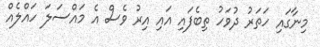
މިނާގައި ހަތަރު ދުވަހު ތިބެފައި އައި އިރު ވެސް އެ މައްސަލަ ހައްލެއް